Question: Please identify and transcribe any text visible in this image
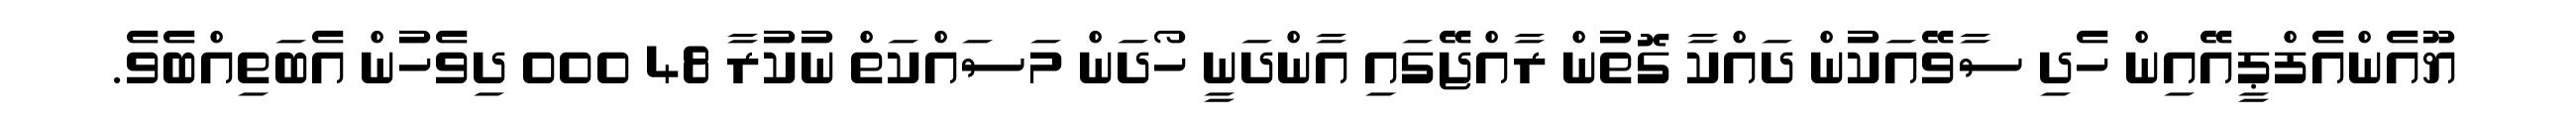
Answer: ޔޫއެންއެފްޕީއޭއިން ހެދި ސާވޭއަކުން ދައްކާ ގޮތުން ރާއްޖޭގައި އާންދަނީ ހޯދަން މަސައްކަތް ނުކުރާ 48 000 ދިވެހުން އެބަތިއްބެވެ.